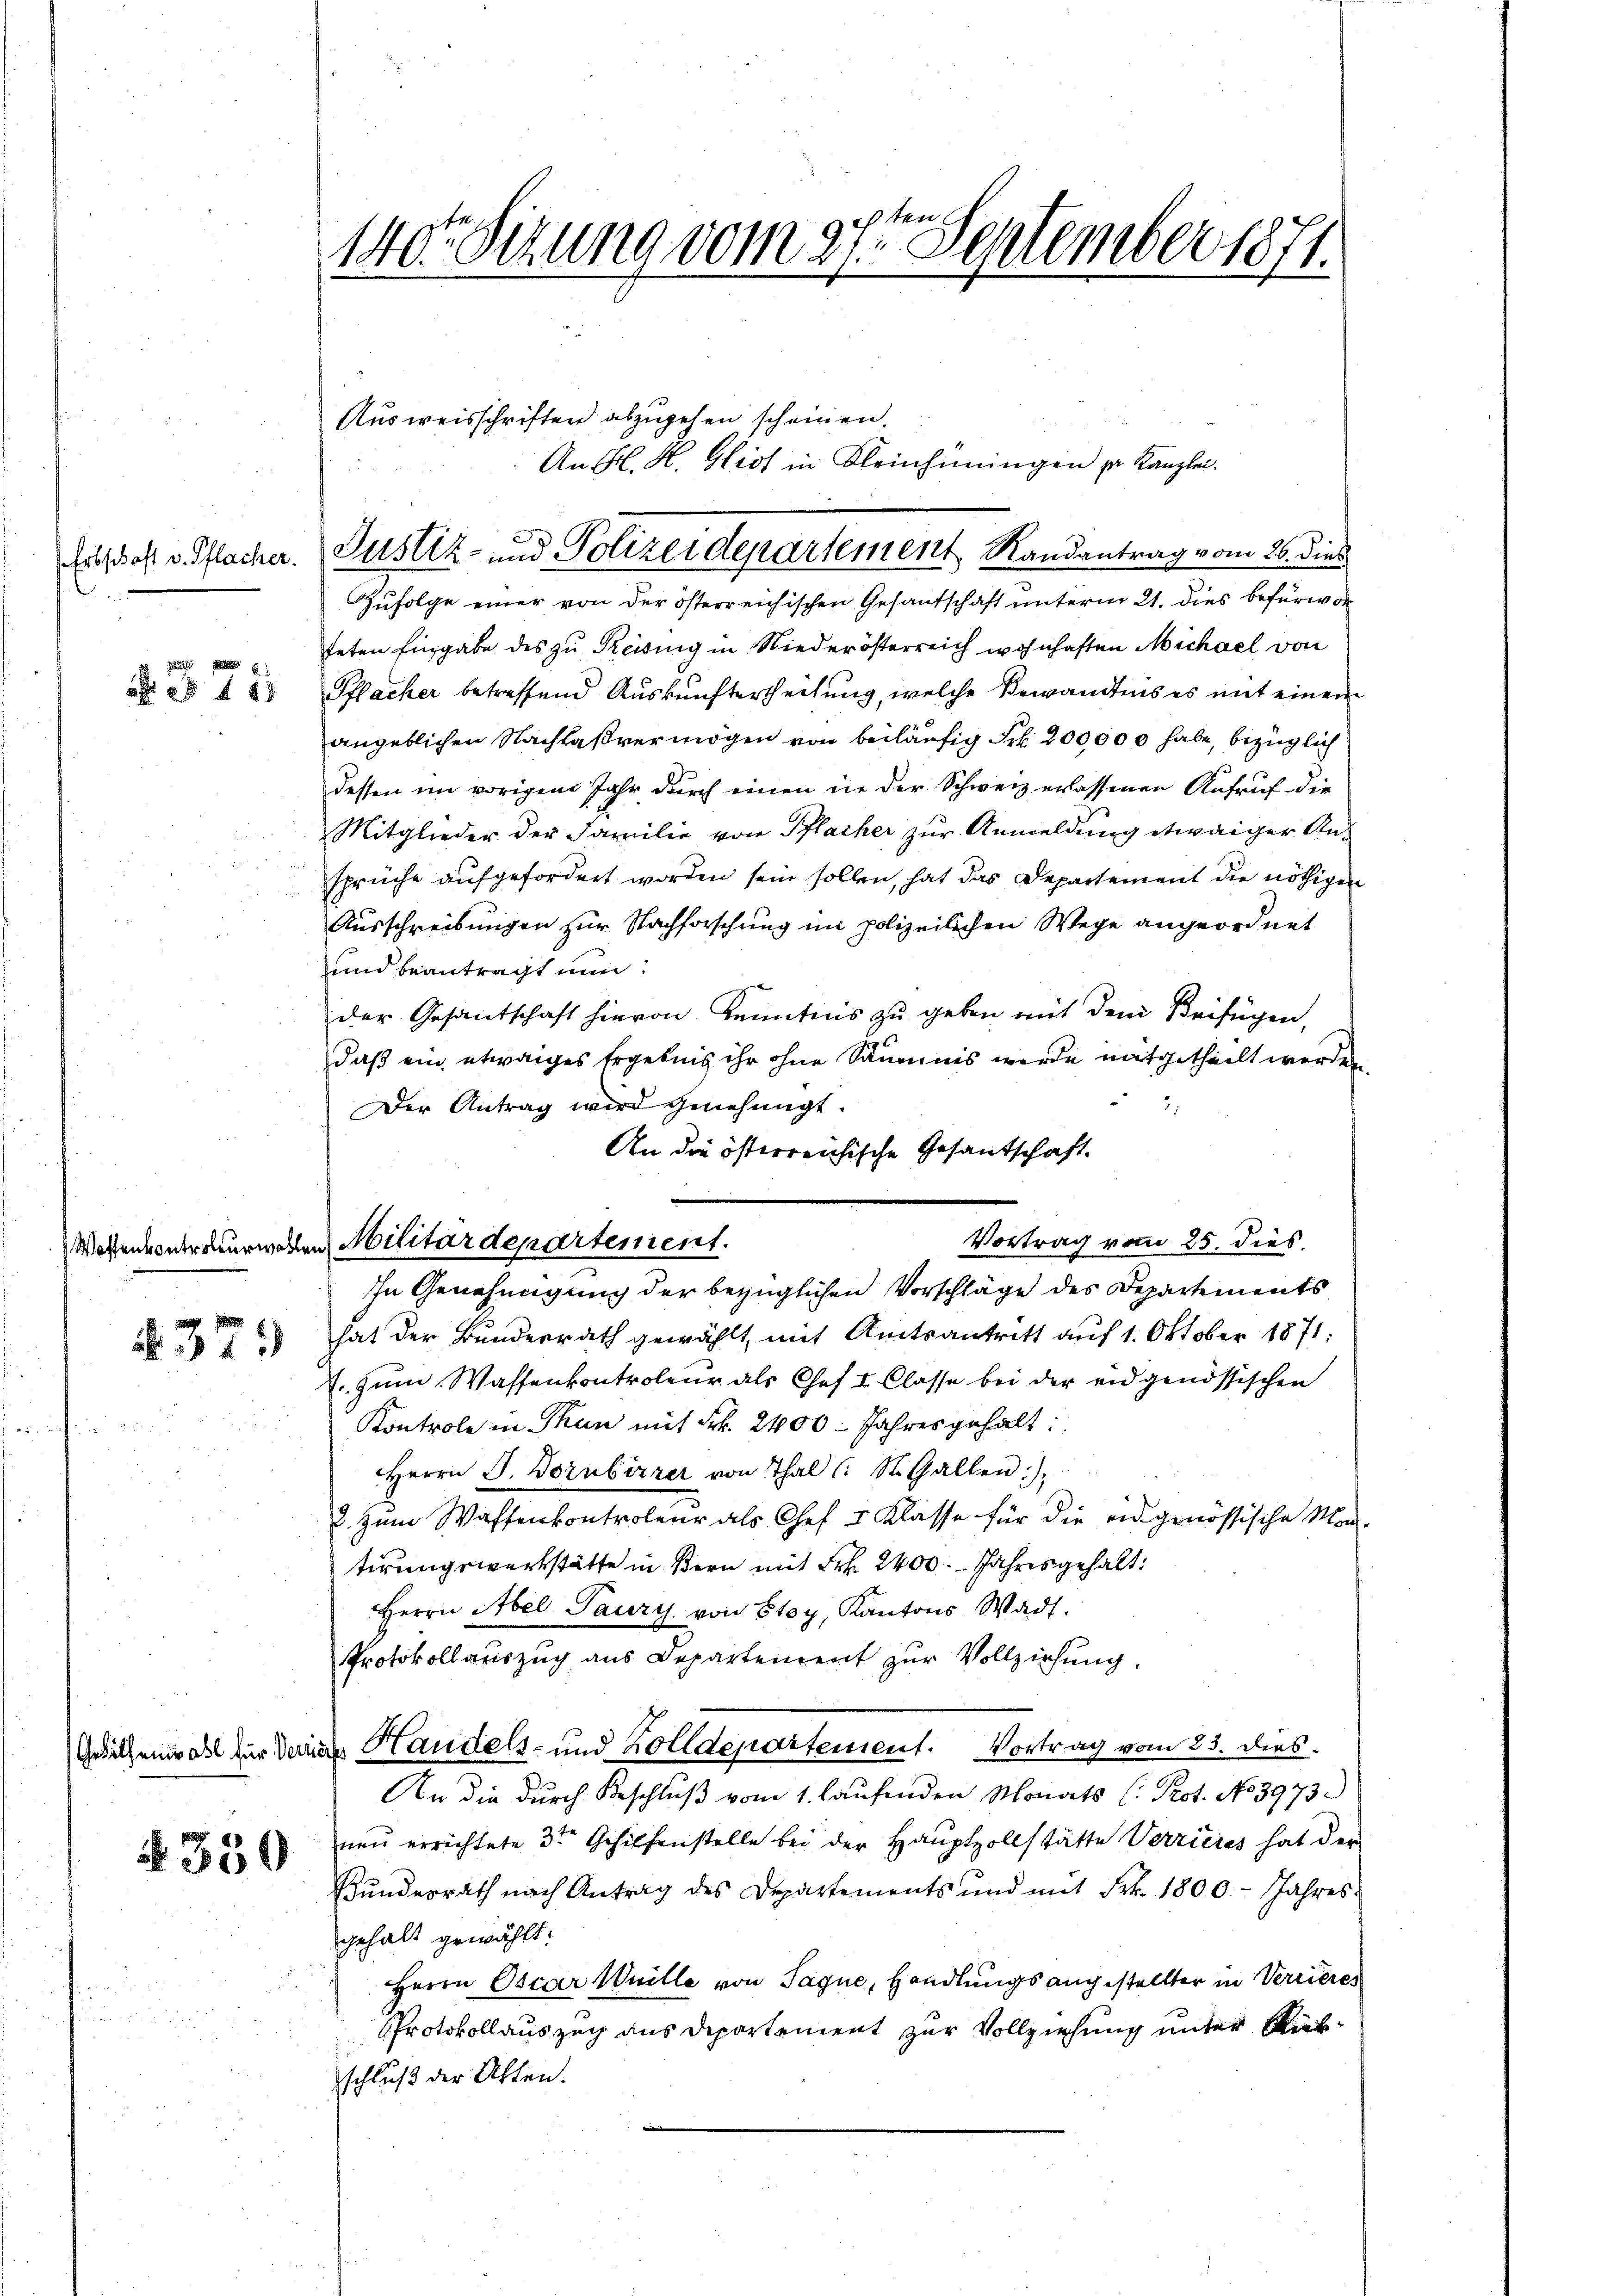
Erbschaft v. Pflacher.

a 25 f 8 x

Woffenkontroleurwahl

§. 379

§ 350

140te Sitzung vom 27ten September 1871.

An K. A. Hidt in Kleinhüningen zur Kanzlei.
Justiz- und Polizeidepartement Randantrag vom 26. dies

Ausweisschriften abzugehen scheinen.

Zufolge einer von der österreichischen Gesantschaft unterm 21. dies befürworteten Eingabe des zu Reising in Niederösterreich wohnhaften Michael von
Pflacher betreffend Auskunftertheilung, welche Bewandtnis es mit einem
angeblichen Nachlaßvermögen von beiläufig Frk. 200,000 habe, bezüglich
dessen im vorigen Jahr durch einen in der Schweiz erlassenen Aufruf die
Mitglieder der Familie von Pflacher zur Anmeldung etwaiger Ansprüche aufgefordert worden sein sollen, hat das Departement die nöthigen
Ausschreibungen zur Nachforschung im polizeilichen Wege angeordnet
und beantragt nun:
der Gesandtschaft hievon Kenntnis zu geben mit dem Beifügen,
daß ein etwaiges Ergebnis ihr ohne Säumnis werde mitgetheilt werden
Der Antrag wird genehmigt.
An die österreichische Gesantschaft.
In Genehmigung der bezüglichen Vorschläge des Departements
hat der Bundesrath gewählt, mit Amtsantritt auf 1. Oktober 1871:
J. zum Wassenkontroleur als Chef I. Classe bei der eidgenössischen
Kontrole in Thun mit Frk. 2400. Jahres gehalt:
Herrn J. Dornbirrer von Thal (: St. Gallen),
2. zum Waffenkontroleur als Chef v. Klasse für die eidgenössische Man-
tirungswerkstätte in Bern mit Frk. 2400. Jahres gehalt:
Herrn Abel Paury von Stey, Kantons Wadt.
Protokollauszug aus Departement zur Vollziehung.
Gedichenwalt für Dein Handels- und Zolldepartement. Vortrag vom 25. dies
An die durch Beschluß vom 1. haufenden Monats (: Prot. No. 3973.)
neu errichtete 3ten Gehilfenstelle bei der Hauptzollstätte Verrieres hat der
Bundesrath nach Antrag des Departements und mit Frk. 1800 - Jahres
gehalt gewählt:
Herrn Oscar Weille von Sague, Handlungs augestellter in Verrieres
Protokollauszug aus Departement zur Vollziehung unter Riesschluß der Alten.

Vortrag vom 25. dies.
in Militärdepartement.